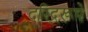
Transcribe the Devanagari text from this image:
दरिद्ररूपे